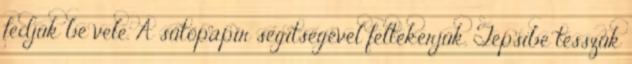
fedjük be vele. A sütőpapír segítségével feltekerjük. Tepsibe tesszük